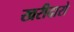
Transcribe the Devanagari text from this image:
खरीदारो